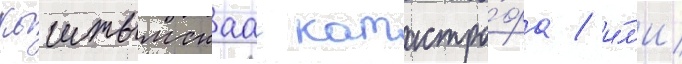
кыштымскаа катастро́фа / и́л'и